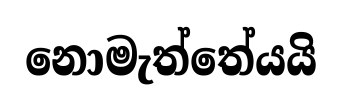
නොමැත්තේයයි